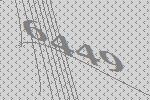
6449